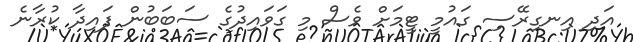
އަދި އިނގިރޭސި ގައުމީ ޓީމަށް ވެސް މި ގަވައިދުގެ ސަބަބުން ފައިދާ ކުރާނެ